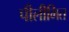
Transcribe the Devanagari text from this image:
पीलीभित